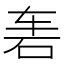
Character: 𱳬